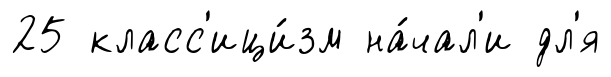
25 класс'ици́зм на́чал'и дл'я